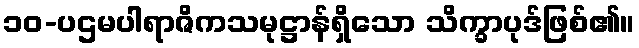
၁၀-ပဌမပါရာဇိကသမုဋ္ဌာန်ရှိသော သိက္ခာပုဒ်ဖြစ်၏။